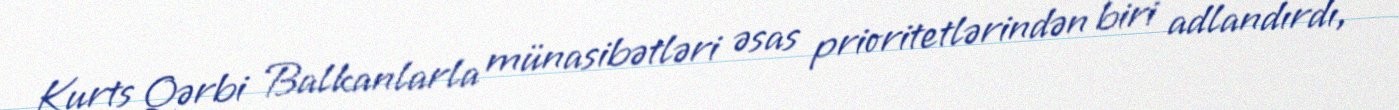
Kurts Qərbi Balkanlarla münasibətləri əsas prioritetlərindən biri adlandırdı,